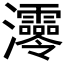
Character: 𤅫